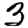
Digit: 3